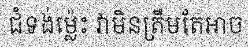
ជំទង់ម្ល៉េះ វាមិនត្រឹមតែអាច